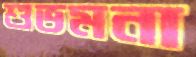
শুভমনা